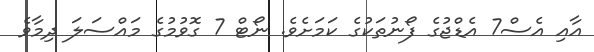
އާއި އެސް7 އެޑްޖުގެ ފޯނުތަކުގެ ކަމަށެވެ. ނޯޓް 7 ގޮވުމުގެ މައްސަލަ ދިމާވެ